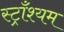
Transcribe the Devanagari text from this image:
स्ट्राँश्यम